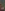
.